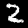
Digit: 2